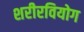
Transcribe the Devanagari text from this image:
शरीरवियोग